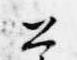
公